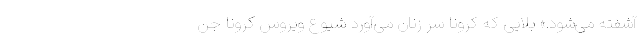
آشفته می‌شود.» بلایی که کرونا سر زنان می‌آورد شیوع ویروس کرونا جن